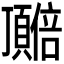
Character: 𬱎